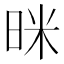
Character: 𭥻